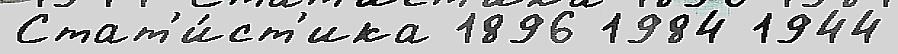
Стат'и́ст'ика 1896 1984 1944